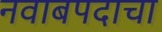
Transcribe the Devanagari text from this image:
नवाबपदाचा